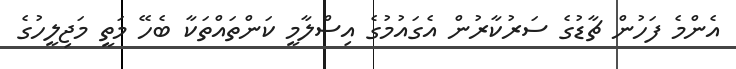
އެންމެ ފަހުން ޗާޑުގެ ސަރުކާރުން އެގައުމުގެ އިސްލާމީ ކަންތައްތަކާ ބެހޭ މަތީ މަޖިލީހުގެ